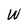
Character: W